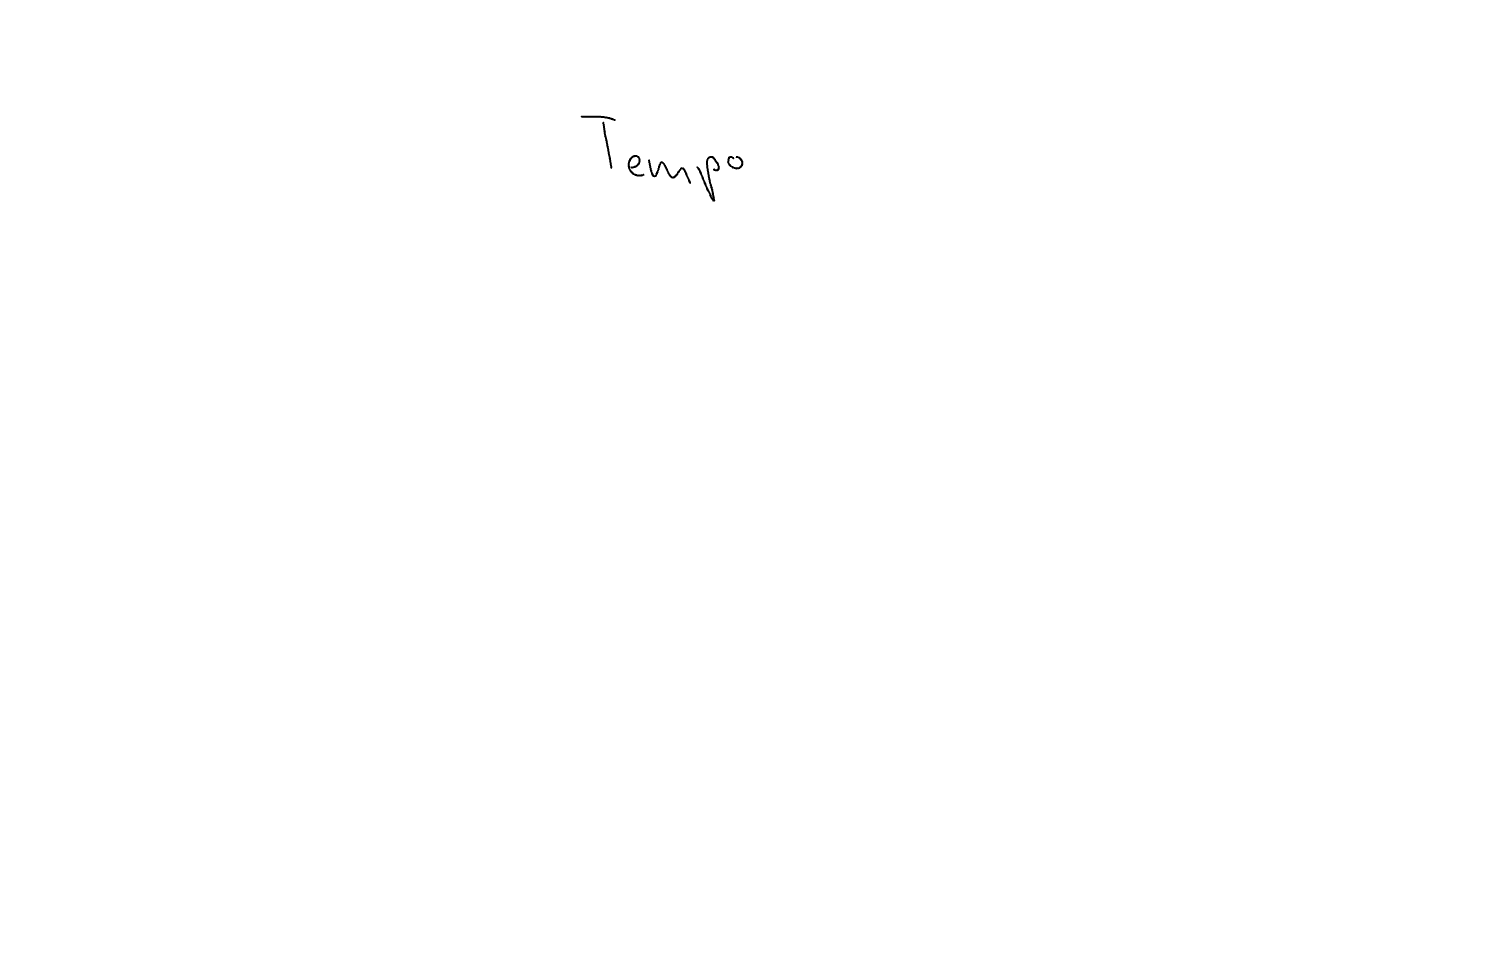
Text: Tempo